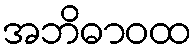
အဘိဓာဝထ